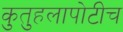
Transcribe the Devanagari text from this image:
कुतुहलापोटीच